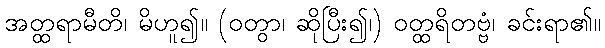
အတ္ထရာမီတိ၊ မိဟူ၍။ (ဝတွာ၊ ဆိုပြီး၍၊) ဝတ္ထရိတဗ္ဗံ၊ ခင်းရာ၏။